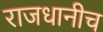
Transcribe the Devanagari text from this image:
राजधानीच